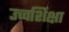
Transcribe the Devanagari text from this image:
उच्चशिक्षा